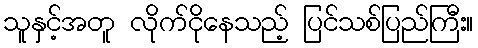
သူနှင့်အတူ လိုက်ငိုနေသည့် ပြင်သစ်ပြည်ကြီး။